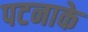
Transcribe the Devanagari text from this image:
पटनाके